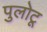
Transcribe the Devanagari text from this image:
पुलोटू